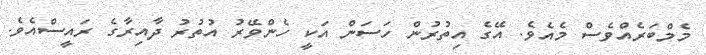
މެމްބަރެއްވެސް މެއެވެ. އޭގެ އިތުރުން ހަސަން އަކީ ހެންވޭރު އުތުރު ދާއިރާގެ ރައީސްއެވެ.